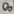
Text: 8